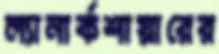
ল্যানার্কশায়ারের